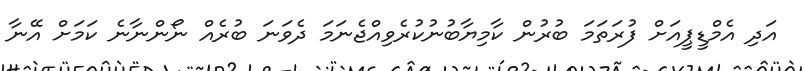
އަދި އެމްޑީޕީއަށް ފުރަތަމަ ބުރުން ކާމިޔާބުނުކުރެވިއްޖެނަމަ ދެވަނަ ބުރެއް ނޯންނާނެ ކަމަށް އޭނާ